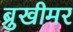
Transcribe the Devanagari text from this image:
ब्रुखीमर